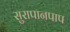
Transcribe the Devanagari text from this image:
सुरापानपाप